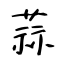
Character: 蒜